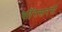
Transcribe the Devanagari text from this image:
सॉरसरर्स